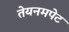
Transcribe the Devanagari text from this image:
तेयनमपेट